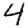
Digit: 4